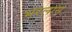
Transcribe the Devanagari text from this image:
भरलास